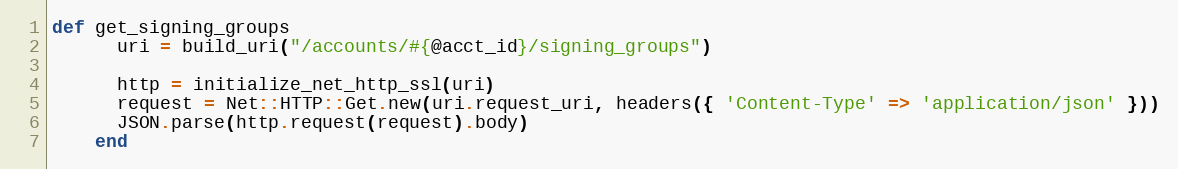
Language: Ruby
def get_signing_groups
      uri = build_uri("/accounts/#{@acct_id}/signing_groups")

      http = initialize_net_http_ssl(uri)
      request = Net::HTTP::Get.new(uri.request_uri, headers({ 'Content-Type' => 'application/json' }))
      JSON.parse(http.request(request).body)
    end